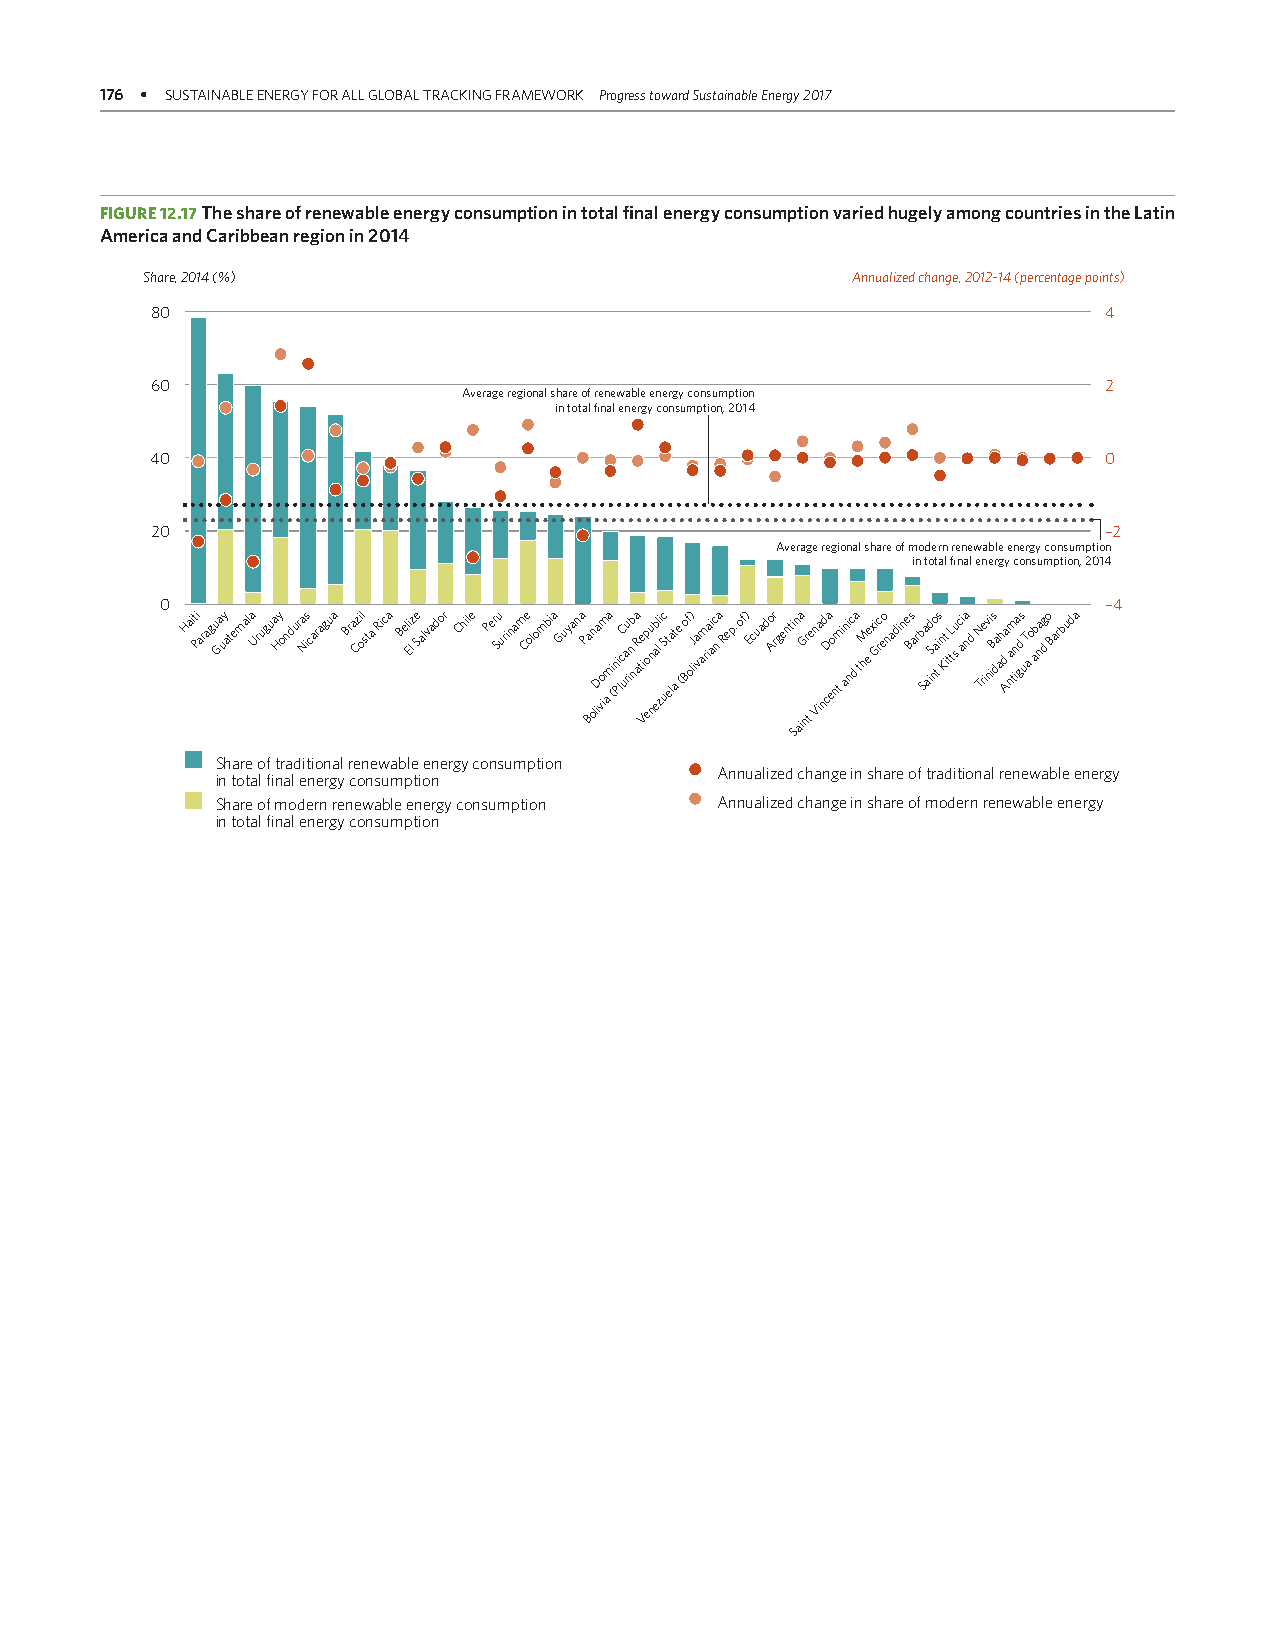
176 • SUSTAINABLE ENERGY FOR ALL GLOBAL TRACKING FRAMEWORK Progress toward Sustainable Energy 2017
 FIGURE 12.17 The share of renewable energy consumption in total final energy consumption varied hugely among countries in the Latin
 America and Caribbean region in 2014
 Share, 2014 (%)                                Annualized change, 2012–14 (percentage points)
 80                                                             4
 60                                                             2
 Average regional share of renewable energy consumption
 in total final energy consumption, 2014
 40                                                             0
 20                                                             –2
 Average regional share of modern renewable energy consumption
 in total final energy consumption, 2014
 0                                                             –4
 Hait Pi aragu Ga uy atemala Urugua Hy ondura Nis caragua Bra Czi ol sta Rica Beli Elz e Salvador Chile Per Su urinam Ce olombia Guyana P Ba on liDa vo im aa mi (n Pi lcC ua ru inb na aR te i Vp o eu n nb a el li zc S ut elat a e ( o Bf o) lJ ia vam riai ac n a Rep. of) Ecuado Ar rgenti Sn aia G nr
 t
 en Via nd cDa eo ntm i ani nc d a thM ee xi Grc eo nadine Bs arb Sa aid S no a tis n Kt i tL tsu ci aa nd N Tre iv ni iBs da ah d Aa nam tina gds uT a o ab na dg o Barbuda
 Share of traditional renewable energy consumption
 Annualized change in share of traditional renewable energy
 in total final energy consumption
 Share of modern renewable energy consumption Annualized change in share of modern renewable energy
 in total final energy consumption